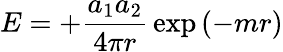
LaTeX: E=+{\frac{a_{1}a_{2}}{4\pi r}}\exp\left(-mr\right)